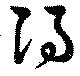
得